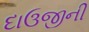
દાઉજીની